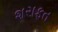
શરાફત